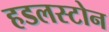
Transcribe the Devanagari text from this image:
हडलस्टोन